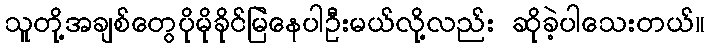
သူတို့အချစ်တွေပိုမိုခိုင်မြဲနေပါဦးမယ်လို့လည်း ဆိုခဲ့ပါသေးတယ်။